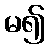
မ၍